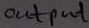
Text: Output